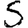
Digit: 5